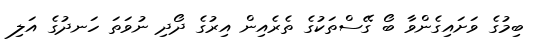
ބިމުގެ ވަށައިގެންވާ ބޯ ގޭސްތަކުގެ ތެރެއިން އިރުގެ ދޯދި ނުވަތަ ހަނދުގެ އަލި